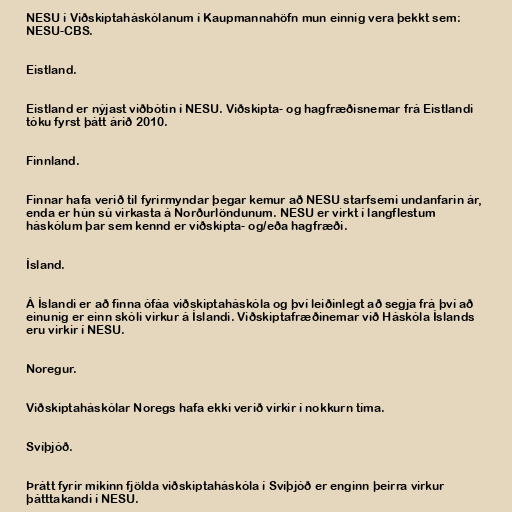
NESU í Viðskiptaháskólanum í Kaupmannahöfn mun einnig vera þekkt sem:
NESU-CBS.

Eistland.

Eistland er nýjast viðbótin í NESU. Viðskipta- og hagfræðisnemar frá Eistlandi
tóku fyrst þátt árið 2010.

Finnland.

Finnar hafa verið til fyrirmyndar þegar kemur að NESU starfsemi undanfarin ár,
enda er hún sú virkasta á Norðurlöndunum. NESU er virkt í langflestum
háskólum þar sem kennd er viðskipta- og/eða hagfræði.

Ísland.

Á Íslandi er að finna ófáa viðskiptaháskóla og því leiðinlegt að segja frá því að
einunig er einn skóli virkur á Íslandi. Viðskiptafræðinemar við Háskóla Íslands
eru virkir í NESU.

Noregur.

Viðskiptaháskólar Noregs hafa ekki verið virkir í nokkurn tíma.

Svíþjóð.

Þrátt fyrir mikinn fjölda viðskiptaháskóla í Svíþjóð er enginn þeirra virkur
þátttakandi í NESU.